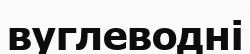
вуглеводні